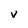
Character: v